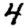
Digit: 4